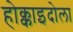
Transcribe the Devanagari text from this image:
होक्काइदोला